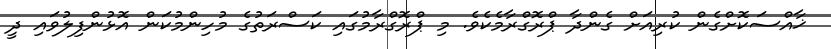
ޚާއްސަކޮށްގެން ކުރިއަށް ގެންދާ ޕްރޮގްރާމެކެވެ. މި ޕްރޮގްރާމުގައި ކަސްރަތުގެ މުހިންމުކަން އޮޅުންފިލުވައި ދީ